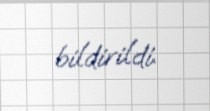
bildirildi.